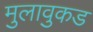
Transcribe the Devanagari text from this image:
मुलावुकड